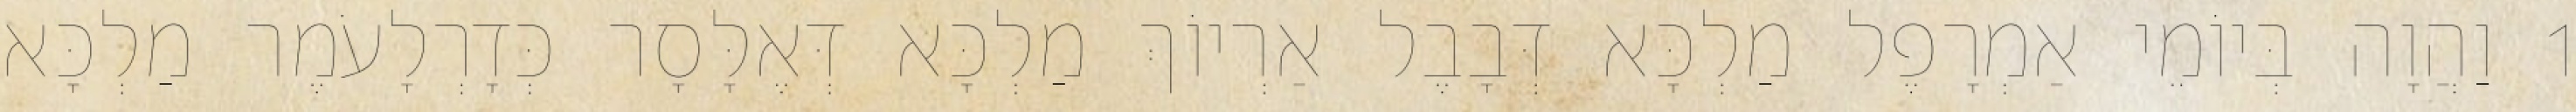
1 וַהֲוָה בְּיוֹמֵי אַמְרָפֶל מַלְכָּא דְּבָבֶל אַרְיוֹךְ מַלְכָּא דְּאֶלָּסָר כְּדָרְלָעֹמֶר מַלְכָּא